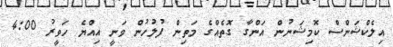
އިލެކްޝަންސް ކޮމިޝަނުން އަންގާ ގޮތެއްގެ މަތިން ފުލުހުން ވަނީ އިއްޔެ ހަވީރު 4:00